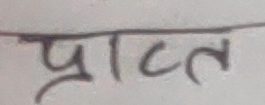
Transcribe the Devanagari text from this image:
प्रात